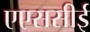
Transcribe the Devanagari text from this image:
एएससीई